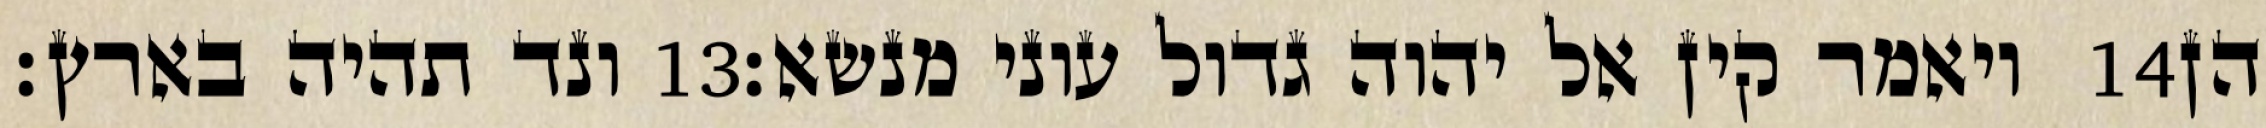
ונד תהיה בארץ׃ ‎13‏ ויאמר קין אל יהוה גדול עוני מנשא׃ ‎14‏ הן